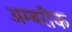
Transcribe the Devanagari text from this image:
अम्बरीक